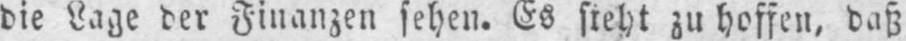
die Lage der Finanzen sehen. Es steht zu hoffen, daß